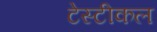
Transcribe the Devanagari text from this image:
टेस्टीकल